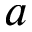
a